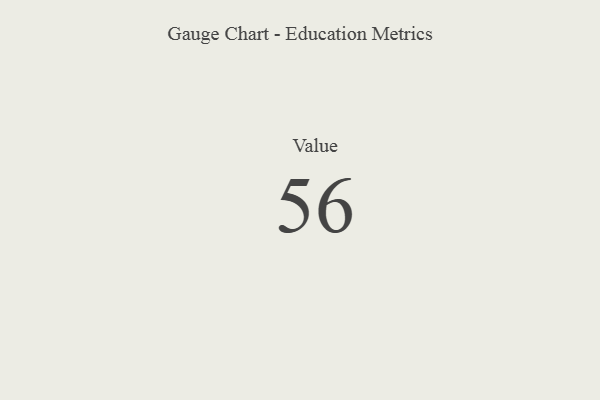
{"axis": {"x": "Metric", "y": "Value"}, "legend": [""], "data": [{"x": "Value", "y": 56, "type": ""}]}